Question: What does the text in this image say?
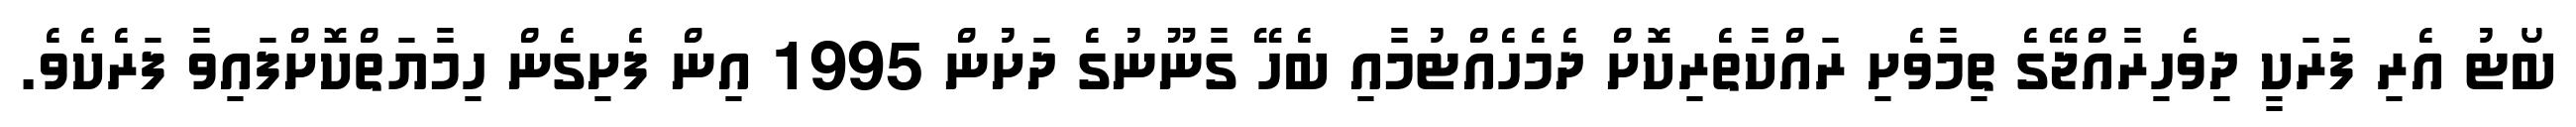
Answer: ބޯޓު އެރި ފަރަކީ ދިވެހިރާއްޖޭގެ ތިމާވެށި ރައްކާތެރިކޮށް ދެމެހެއްޓުމާއި ބެހޭ ގާނޫނުގެ ދަށުން 1995 އިން ފެށިގެން ހިމާޔަތްކޮށްފައިވާ ފަރެކެވެ.